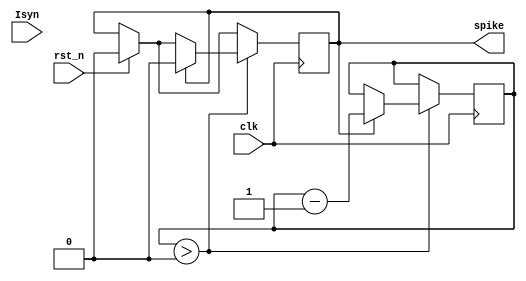
`default_nettype none

module lif (
  input wire clk,         // Clock input
  input wire rst_n,       // Reset input
  input wire [7:0] Isyn,  // Synaptic current input (8-bit current)
  output wire spike       // Spike output
);

  reg [7:0] I_accumulator; // Current accumulator
  reg sp;              // Spike signal
  reg refractory_period = 8; // Refractory period in clock cycles
  //reg [7:0] I_accumulator_2;

  assign spike = sp;
  parameter I_threshold = 8'b100;  // Firing threshold
  parameter tau = 4'b0010;         // Time constant for current decay
  
  always @(posedge clk) begin
    if (rst_n) begin
      I_accumulator <= 8'b0;
      sp <= 1'b0;
    end else begin
      // Update the current accumulation
      if (I_accumulator > 8'b0) begin
        I_accumulator <= I_accumulator - (I_accumulator >> tau) + Isyn;
      end else begin
        I_accumulator <= I_accumulator + Isyn;
      end
      // Check for firing
      I_accumulator <= (sp) ? I_threshold : I_accumulator;
    //   if (I_accumulator_2 >= I_threshold) begin
    //     sp <= 1'b1;
    //     I_accumulator_2 <= 8'b0; // Reset the current accumulation
    //   end
    end
    
    // Refractory period countdown
    if (refractory_period > 0) begin
      if (sp) begin
        sp <= 1'b0;
        refractory_period <= refractory_period - 1;
      end
    end
  end

endmodule